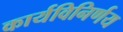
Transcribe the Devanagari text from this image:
कार्यविनिर्णय